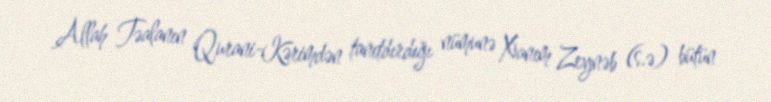
Allah Təalanın Qurani-Kərimdən tanıtdırdığı nümunə Xanım Zeynəb (s.ə) bütün